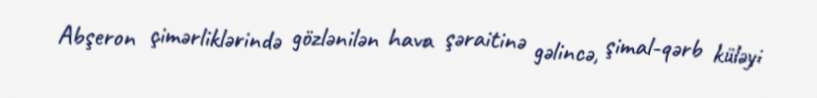
Abşeron çimərliklərində gözlənilən hava şəraitinə gəlincə, şimal-qərb küləyi